Lunatic asylums Punjab 1881-1894 - 1881-1894
Year: 1881
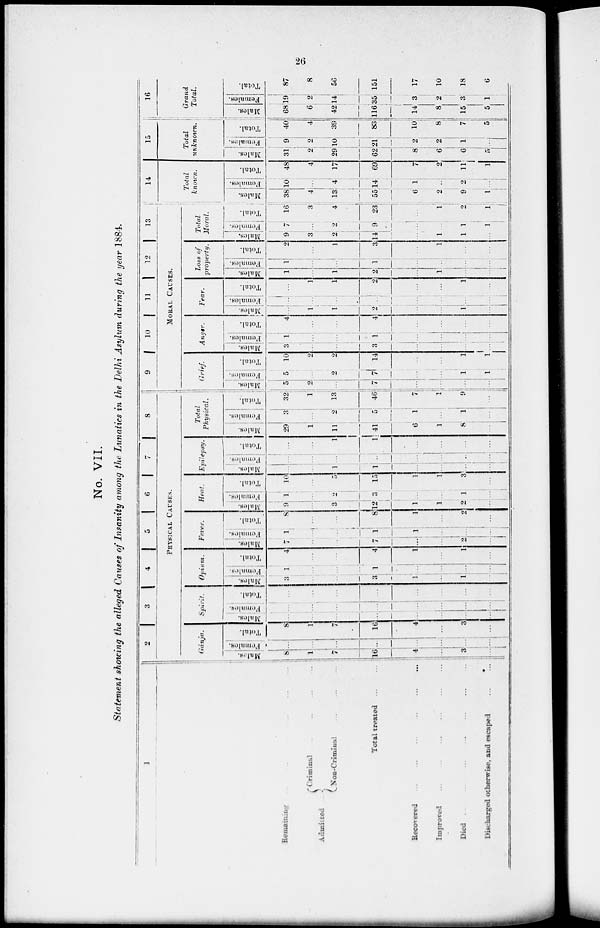
26
No. VII.
Statement showing the alleged Causes of Insanity among the Lunatics in the Delhi Asylum during the year 1884.
1
Remaining
Admitted ...
Criminal
...
...
...
...
Non-Criminal
Total treated
...
...
Recovered
...
...
...
...
...
...
Improved ... ... ... ... ... ...
Died
...
...
...
...
...
...
...
Discharged otherwise, and escaped ... ...
2 3 4 5 6
7 8
PHYSICAL CAUSES.
Gánja.
Males.
8
1
7
16
4
...
3
...
Females.
...
...
...
...
...
...
...
...
Total.
8
1
7
16
4
...
3
...
Spirit.
Males.
...
...
...
...
...
...
...
...
Females.
...
...
...
...
...
...
...
...
Total.
...
...
...
...
...
...
...
...
Opium.
Males.
3
...
...
3
1
...
1
...
Females.
1
...
...
1
...
...
...
...
Total.
4
...
...
4
1
...
1
...
Fever.
Males.
7
...
...
7
...
2
...
Females.
1
...
...
1
1
...
...
...
Total.
8
...
...
8
1
2
...
Heat.
Males.
9
...
3
12
1
1
2
...
Females.
1
...
2
3
...
...
1
...
Total.
10
...
5
15
1
1
3
...
Epilepsy.
Males.
...
...
1
1
...
...
...
...
Females.
...
...
...
...
...
...
...
...
Total.
...
...
1
1
...
...
...
...
Total
Physical.
Males.
29
1
11
41
6
1
8
...
Females.
3
2
5
1
...
1
...
Total.
32
1
13
46
7
1
9
...
9
10 11
12 13
MORAL CAUSES.
Grief.
Males.
5
2
...
7
...
...
...
...
Females.
5
...
2
7
...
...
1
1
Total.
10
2
2
14
...
...
1
1
Anger.
Males.
3
...
...
3
...
...
...
...
Females.
1
...
...
1
...
...
...
...
Total.
4
...
...
4
...
...
...
...
Fear.
Males.
...
1
1
2
...
...
1
...
Females.
...
...
...
...
...
...
...
...
Total.
...
1
1
2
...
...
1
...
Loss of
property.
Males.
1
...
1
2
...
1
...
...
Females.
1
...
...
1
...
...
...
...
Total.
2
...
1
3
...
1
...
...
Total
Moral.
Males.
9
3
2
14
...
1
1
...
Females.
7
...
2
9
...
...
1
1
Total.
16
3
4
23
...
1
2
1
14
Total
known.
Males.
38
4
13
55
6
2
9
1
Females.
10
...
4
14
1
...
2
...
Total.
48
4
17
69
7
2
11
1
15
Total
unknown.
Males.
31
2
29
62
8
6
6
5
Females.
9
2
10
21
2
2
1
...
Total.
40
4
39
83
10
8
7
5
16
Grand
Total.
Males.
68
6
42
116
14
8
15
5
Females.
19
2
14
35
3
2
3
1
Total.
87
8
56
151
17
10
18
6